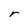
Character: r